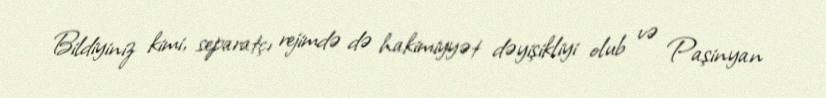
Bildiyiniz kimi, separatçı rejimdə də hakimiyyət dəyişikliyi olub və Paşinyan